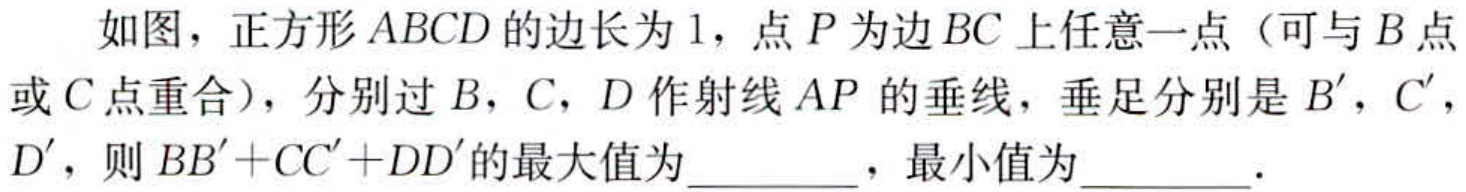
如图，正方形\(ABCD\)的边长为\(1\)，点\(P\)为边\(BC\)上任意一点（可与\(B\)点或\(C\)点重合），分别过\(B\)，\(C\)，\(D\)作射线\(AP\)的垂线，垂足分别是\(B'\)，\(C'\)，\(D'\)，则\(BB'+CC'+DD'\)的最大值为\(\underline{\quad\quad}\)，最小值为\(\underline{\quad\quad}\)．